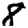
Digit: 8